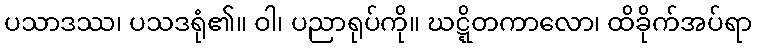
ပသာဒဿ၊ ပသဒရုံ၏။ ဝါ၊ ပညာရုပ်ကို။ ဃဋ္ဋိတကာလော၊ ထိခိုက်အပ်ရာ